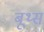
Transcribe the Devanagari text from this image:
बूथ्स